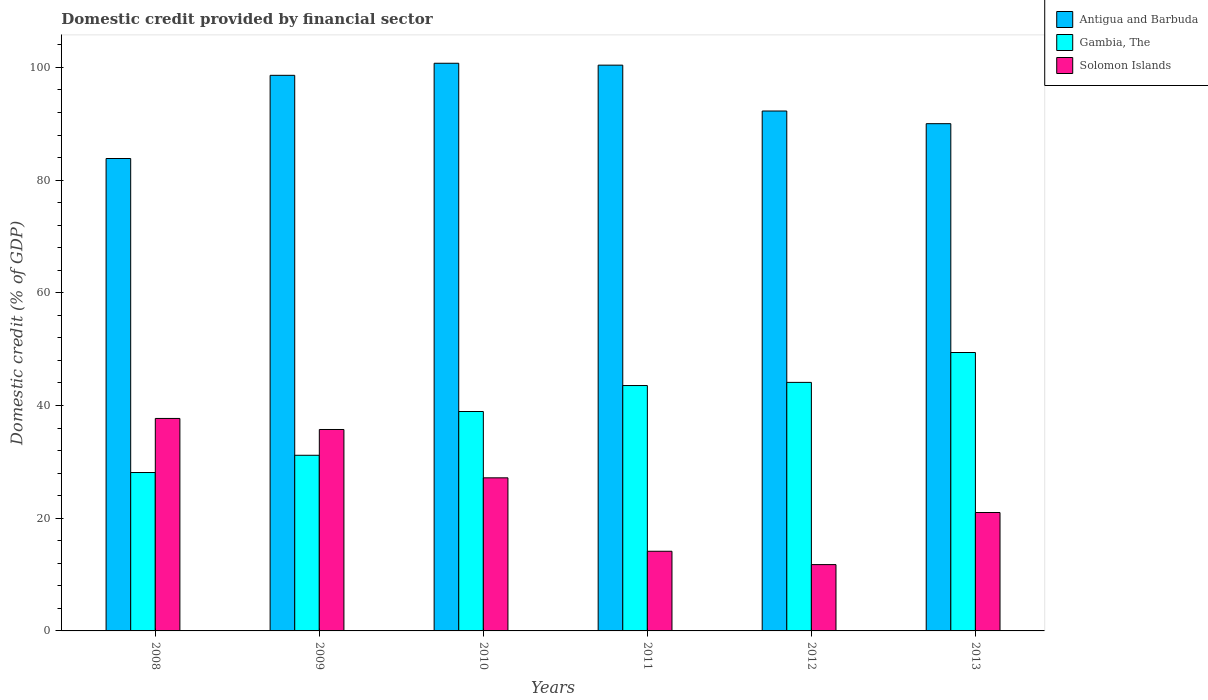
| Years | Antigua and Barbuda | Gambia, The | Solomon Islands |
 | --- | --- | --- | --- |
 | 2008 | 83.8 | 28.1 | 37.7 |
 | 2009 | 98.6 | 31.2 | 35.7 |
 | 2010 | 101 | 38.9 | 27.2 |
 | 2011 | 100 | 43.5 | 14.1 |
 | 2012 | 92.3 | 44.1 | 11.8 |
 | 2013 | 90 | 49.4 | 21 |